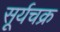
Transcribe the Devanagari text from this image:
सूर्यचक्र